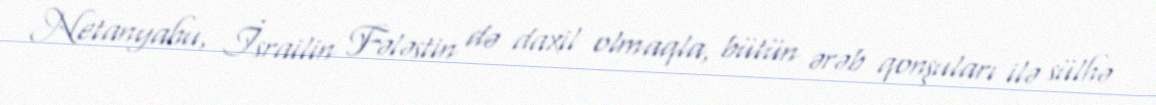
Netanyahu, İsrailin Fələstin də daxil olmaqla, bütün ərəb qonşuları ilə sülhə